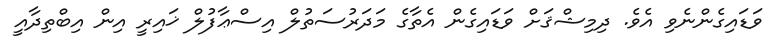
ވަޑައިގެންނެވި އެވެ. ދިމިޝްޤަށް ވަޑައިގެން އެތާގެ މަދަރުސަތުލް އިސްޢާފުލް ޚައިރީ އިން އިބްތިދާއީ